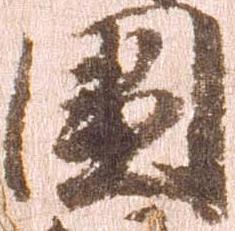
国